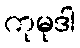
ကုမုဒါ